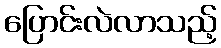
ပြောင်းလဲလာသည့်